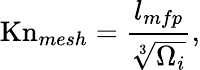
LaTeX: \mathrm{Kn}_{mesh}=\frac{l_{mfp}}{\sqrt[3]{\Omega_{i}}},